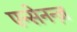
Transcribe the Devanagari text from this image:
एन्सेनन्ज़